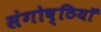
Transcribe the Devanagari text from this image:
संगोष्ठियॉ